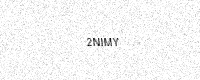
Text: 2NIMY